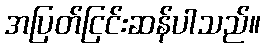
အပြတ်ငြင်းဆန်ပါသည်။